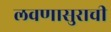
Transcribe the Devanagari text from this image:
लवणासुराची